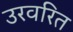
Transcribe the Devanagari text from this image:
उरवरित